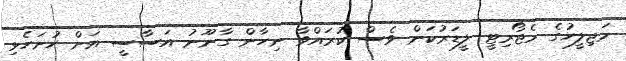
މަޖިލީހުގެ މެޖޯރިޓީ ލީޑަރުކަން ވެސް ކުރައްވާ ނިހާން ގާނޫނު އަސާސީ އަށް ހުށަހެޅި